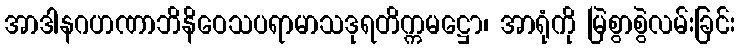
အာဒါနဂဟဏာဘိနိဝေသပရာမာသဒုရတိက္ကမဋ္ဌော၊ အာရုံကို မြဲစွာစွဲလမ်းခြင်း